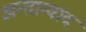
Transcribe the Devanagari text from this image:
अन्तान्वाद